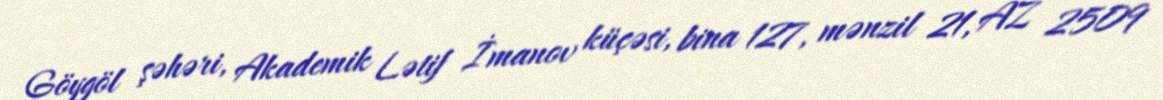
Göygöl şəhəri, Akademik Lətif İmanov küçəsi, bina 127, mənzil 21, AZ 2509